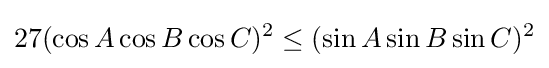
27(\cos {A}\cos {B}\cos {C})^{2}\leq (\sin {A}\sin {B}\sin {C})^{2}